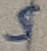
Text: 5